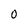
Character: 0